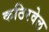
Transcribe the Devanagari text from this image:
कठिरवेल